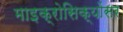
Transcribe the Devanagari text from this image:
माइक्रोसिक्योंसर